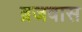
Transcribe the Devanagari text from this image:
ब्रजवास